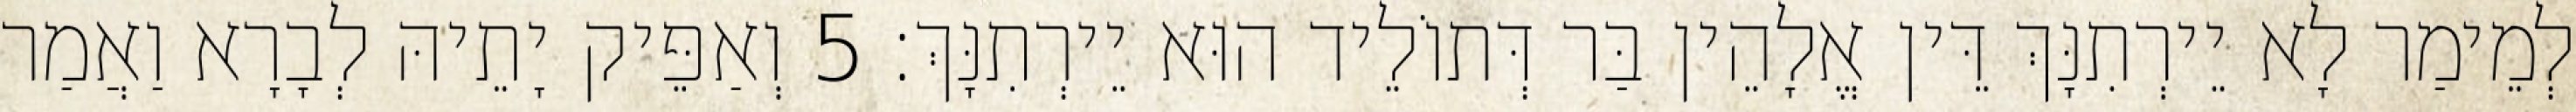
לְמֵימַר לָא יֵירְתִנָּךְ דֵּין אֱלָהֵין בַּר דְּתוֹלֵיד הוּא יֵירְתִנָּךְ׃ 5 וְאַפֵּיק יָתֵיהּ לְבָרָא וַאֲמַר